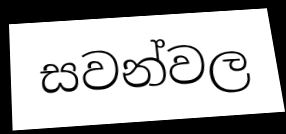
සවන්වල